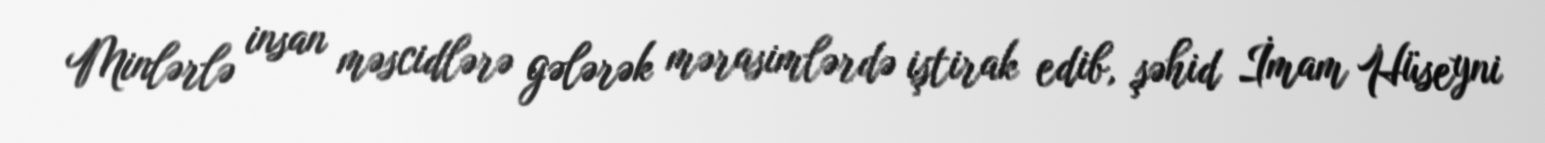
Minlərlə insan məscidlərə gələrək mərasimlərdə iştirak edib, şəhid İmam Hüseyni